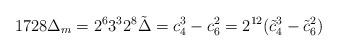
LaTeX: \begin{align*} 1728\Delta_m = 2^6 3^3 2^8 \tilde{\Delta} = c_4^3 - c_6^2 = 2^{12}(\tilde{c}_4^3 - \tilde{c}_6^2) \end{align*}